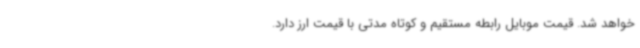
خواهد شد. قیمت موبایل رابطه مستقیم و کوتاه مدتی با قیمت ارز دارد.